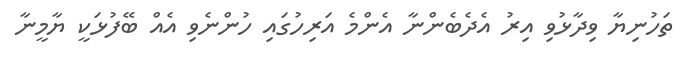
ތަހުނިޔާ ވިދާޅުވި އިރު އެދެބެންނާ އެންމެ އަރިހުގައި ހުންނެވި އެއް ބޭފުޅަކީ ޔާމީނާ